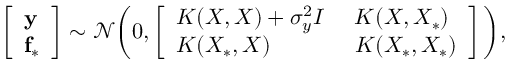
\left[ \begin{array} { l } { \mathbf { y } } \\ { \mathbf { f _ { * } } } \end{array} \right] \sim \mathcal { N } \bigg ( 0 , \left[ \begin{array} { l l } { K ( X , X ) + \sigma _ { y } ^ { 2 } I } & { K ( X , X _ { * } ) \: } \\ { K ( X _ { * } , X ) \phantom { + \: \: \sigma { y } ^ { 2 } } } & { K ( X _ { * } , X _ { * } ) } \end{array} \right] \bigg ) ,